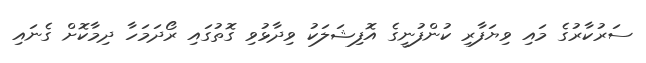
ސަރުކާރުގެ މައި ވިޔަފާރި ކުންފުނީގެ އޮފިޝަލަކު ވިދާޅުވި ގޮތުގައި ރޯދަމަހާ ދިމާކޮށް ގެނައި